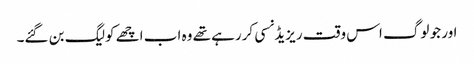
اور جو لوگ اس وقت ریزیڈنسی کررہے تھے وہ اب اچھے کولیگ بن گئے۔